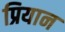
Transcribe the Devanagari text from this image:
प्रियान